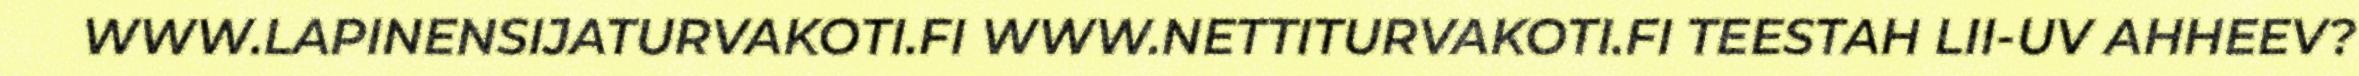
WWW.LAPINENSIJATURVAKOTI.FI WWW.NETTITURVAKOTI.FI TEESTAH LII-UV AHHEEV?